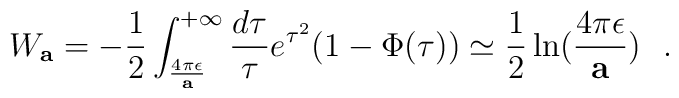
W_{\bf a}=-{1\over 2}\int^{+\infty}_{4\pi\epsilon\over {\bf a}}{d\tau\over \tau}e^{\tau^2}(1-\Phi (\tau))\simeq {1\over 2}\ln ({4\pi\epsilon\over {\bf a}})~~.